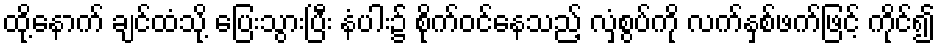
ထို့နောက် ချင်ထံသို့ ပြေးသွားပြီး နံပါး၌ စိုက်ဝင်နေသည့် လှံစွပ်ကို လက်နှစ်ဖက်ဖြင့် ကိုင်၍